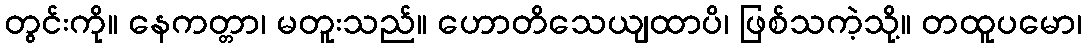
တွင်းကို။ နေကတ္တာ၊ မတူးသည်။ ဟောတိသေယျထာပိ၊ ဖြစ်သကဲ့သို့။ တထူပမော၊